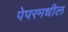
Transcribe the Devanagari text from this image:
पेपरमधील